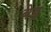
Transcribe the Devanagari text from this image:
बेइ